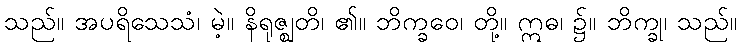
သည်။ အပရိသေသံ၊ မဲ့။ နိရုဇ္ဈတိ၊ ၏။ ဘိက္ခဝေ၊ တို့။ ဣဓ၊ ၌။ ဘိက္ခု၊ သည်။